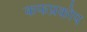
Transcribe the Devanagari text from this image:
कफप्रकोप